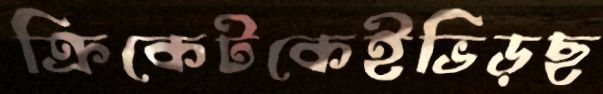
ক্রিকেটকেইভিড়ছ